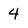
Character: 4